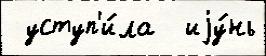
 уступ'и́ла  иjу́нь